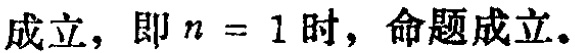
成立，即\(n = 1\)时，命题成立。